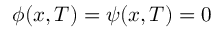
\phi ( x , T ) = \psi ( x , T ) = 0